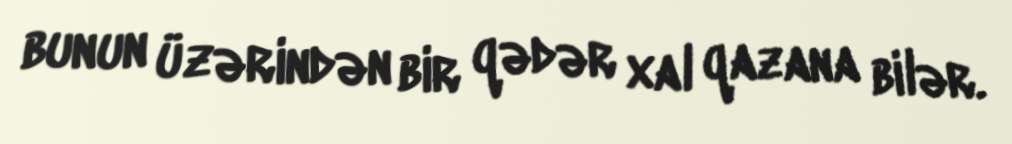
bunun üzərindən bir qədər xal qazana bilər.